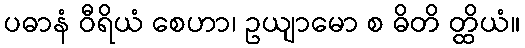
ပဓာနံ ဝီရိယံ စေဟာ၊ ဥယျာမော စ ဓိတိ တ္ထိယံ။